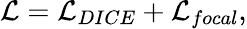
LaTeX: \mathcal{L}=\mathcal{L}_{DICE}+\mathcal{L}_{focal},